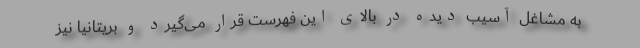
به مشاغل آسیب دیده در بالای این فهرست قرار می‌گیرد و بریتانیا نیز